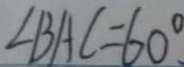
\angle B A C = 6 0 ^ { \circ }